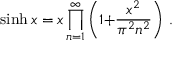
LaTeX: \sinh x = x \prod _ { n = 1 } ^ { \infty } \left( 1 { + } { \frac { x ^ { 2 } } { \pi ^ { 2 } n ^ { 2 } } } \right) \, .